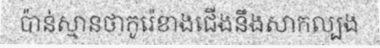
ប៉ាន់ស្មានថាកូរ៉េខាងជើងនឹងសាកល្បង